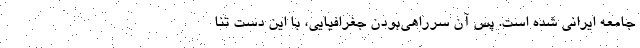
جامعه ایرانی شده است. پس آن سرراهی‌بودن جغرافیایی، با این دست تنا